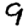
Digit: 9